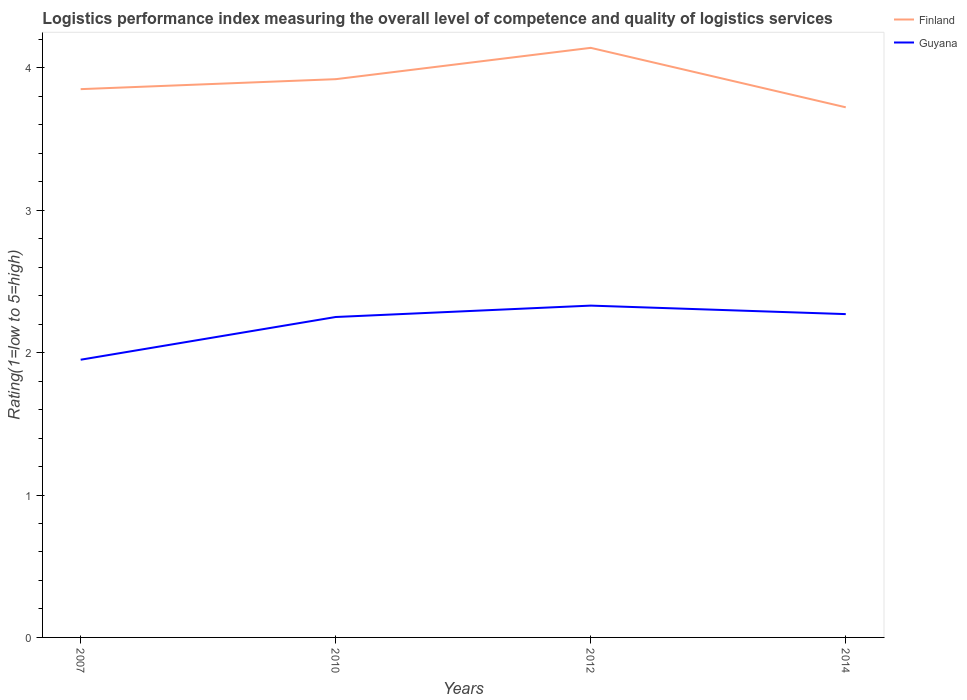
| Years | Finland | Guyana |
 | --- | --- | --- |
 | 2007 | 3.85 | 1.95 |
 | 2010 | 3.92 | 2.25 |
 | 2012 | 4.14 | 2.33 |
 | 2014 | 3.72 | 2.27 |